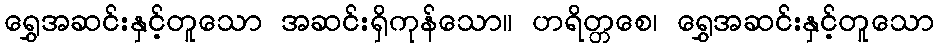
ရွှေအဆင်းနှင့်တူသော အဆင်းရှိကုန်သော။ ဟရိတ္တစေ၊ ရွှေအဆင်းနှင့်တူသော